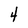
Character: 4